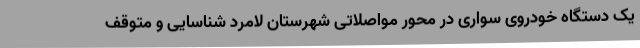
یک دستگاه خودروی سواری در محور مواصلاتی شهرستان لامرد شناسایی و متوقف